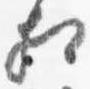
相